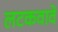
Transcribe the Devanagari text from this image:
लटकवावे